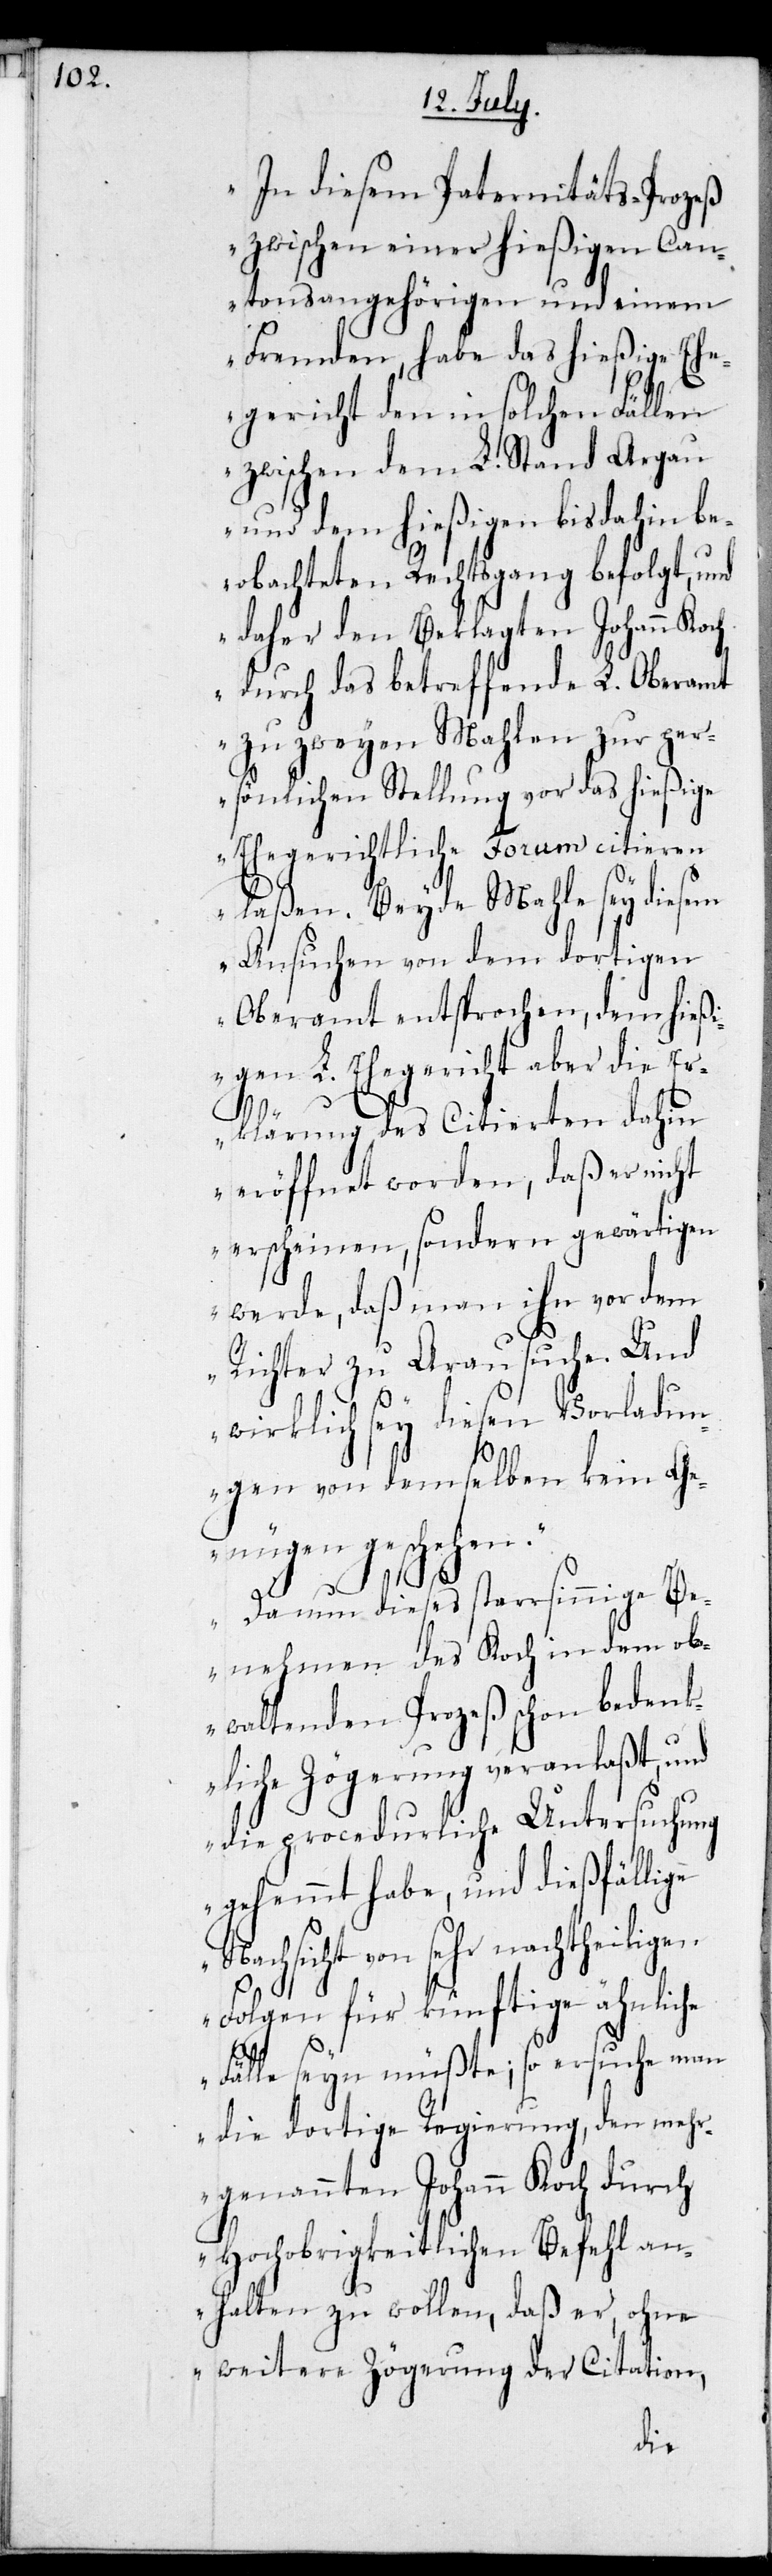
In diesem Paternitäts-Prozeß
zwischen einer hießigen Can¬
tonsangehörigen und einem
Fremden, habe das hießige Ehe¬
gericht den in solchen Fällen
zwischen dem L. Stand Argau
und dem hießigen bis dahin be¬
obachteten Rechtsgang befolgt, und
daher den Beklagten Johann Koch
durch das betreffende L. Oberamt
zu zweyen Mahlen zur per¬
sönlichen Stellung vor das hießige
Ehegerichtliche Forum citieren
laßen. Beyde Mahle sey diesem
Ansuchen von dem dortigen
Oberamt entsprochen, dem hießi¬
gen L. Ehegericht aber die E¬
rklärung des Czitierten dahin
eröffnet worden, daß er nicht
erscheinen, sondern gewärtigen
werde, daß man ihn vor dem
Richter zu Arau suche. Und
wirklich sey diesen Vorladun¬
gen von demselben kein Ge¬
nügen geschehen.
Da nun dieses starrsinnige Be¬
nehmen des Koch in dem ob¬
waltenden Prozeß schon bedenk¬
liche Zögerung veranlaßt, und
die procedurliche Untersuchung
gehemmt habe, und dießfällige
von sehr nachtheiligen
Folgen für künftige ähnliche
Fälle seyn müßte; so ersuche man
die dortige Regierung, den mehr¬
genannten Johann Koch durch
Hochobrigkeitlichen Befehl an¬
halten zu wollen, daß er, ohne
weitere Zögerung der Citation,